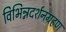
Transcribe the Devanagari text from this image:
विभिन्नदर्शनग्रहण